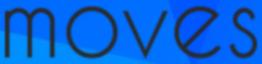
moves